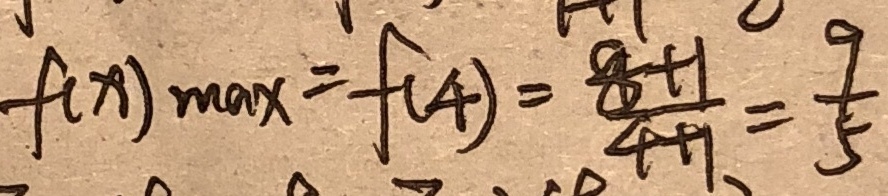
f ( x ) _ { \max } = f ( A ) = \frac { 8 + 1 } { 4 + 1 } = \frac { 9 } { 5 }